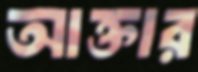
আক্তার